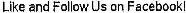
LIKE AND FOLLOW US ON FACEBOOK!